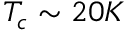
T _ { c } \sim 2 0 K